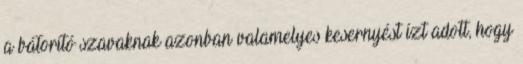
a bátorító szavaknak azonban valamelyes kesernyést ízt adott, hogy